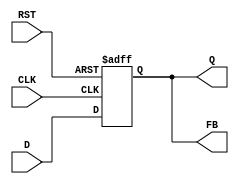
module FeedbackRegister (
    input wire CLK,      // Clock input
    input wire RST,      // Reset input
    input wire D,        // Data input
    output reg Q,        // Output of the register
    output wire FB       // Feedback output
);

// Assign feedback output to the stored value
assign FB = Q;

// Always block triggered on the rising edge of the clock or reset
always @(posedge CLK or posedge RST) begin
    if (RST) begin
        Q <= 1'b0;      // Asynchronous reset to 0
    end else begin
        Q <= D;         // Store the input data on clock edge
    end
end

endmodule